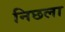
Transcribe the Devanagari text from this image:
निछला